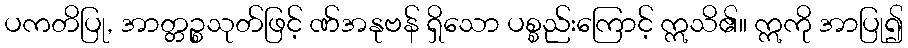
ပကတိပြု, အာတ္တဉ္စသုတ်ဖြင့် ဏ်အနုဗန် ရှိသော ပစ္စည်းကြောင့် ဣသိ၏။ ဣကို အာပြု၍